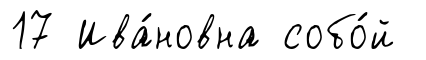
17 Ива́новна собо́й